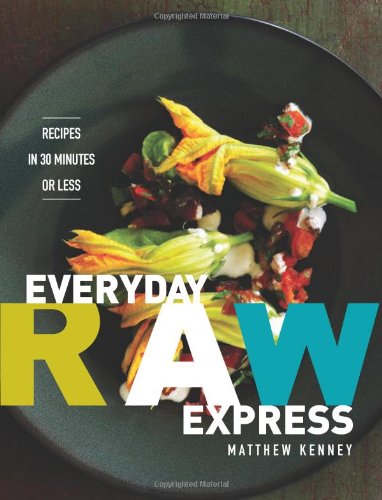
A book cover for Everyday Raw Express: Recipes in 30 Minutes or Less; Matthew Kenney; Cookbooks, Food & Wine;